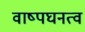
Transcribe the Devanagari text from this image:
वाष्पघनत्व